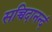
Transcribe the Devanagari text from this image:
सच्चिदानन्दं